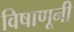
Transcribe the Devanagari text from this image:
विषाणूनी